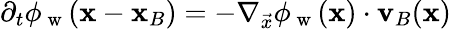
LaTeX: \partial_{t}\phi_{\mathrm{~w~}}(\mathbf{x}-\mathbf{x}_{B})=-\nabla_{\vec{x}}\phi_{\mathrm{~w~}}(\mathbf{x})\cdot\mathbf{v}_{B}(\mathbf{x})